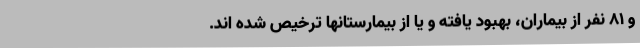
و ۸۱ نفر از بیماران، بهبود یافته و یا از بیمارستانها ترخیص شده اند.